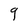
Character: 9